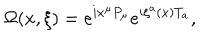
LaTeX: \Omega ( x , \xi ) = e ^ { i x ^ { \mu } P _ { \mu } } e ^ { i \xi ^ { a } ( x ) T _ { a } } ,